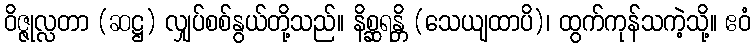
ဝိဇ္ဇုလ္လတာ (ဆဋ္ဌ) လျှပ်စစ်နွယ်တို့သည်။ နိစ္ဆရန္တိ (သေယျထာပိ)၊ ထွက်ကုန်သကဲ့သို့။ ဧဝံ